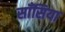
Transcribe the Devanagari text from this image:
साँसिया